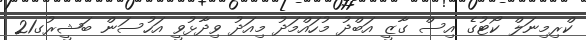
ކްރިމިނަލް ކޯޓުގެ އިސް ގާޒީ އަބްދު މުހައްމަދު މިއަދު ވިދާޅުވީ އަހުސަން ބަޝީރުގ21